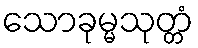
သောခုမ္မသုတ္တံ